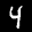
Label: 4